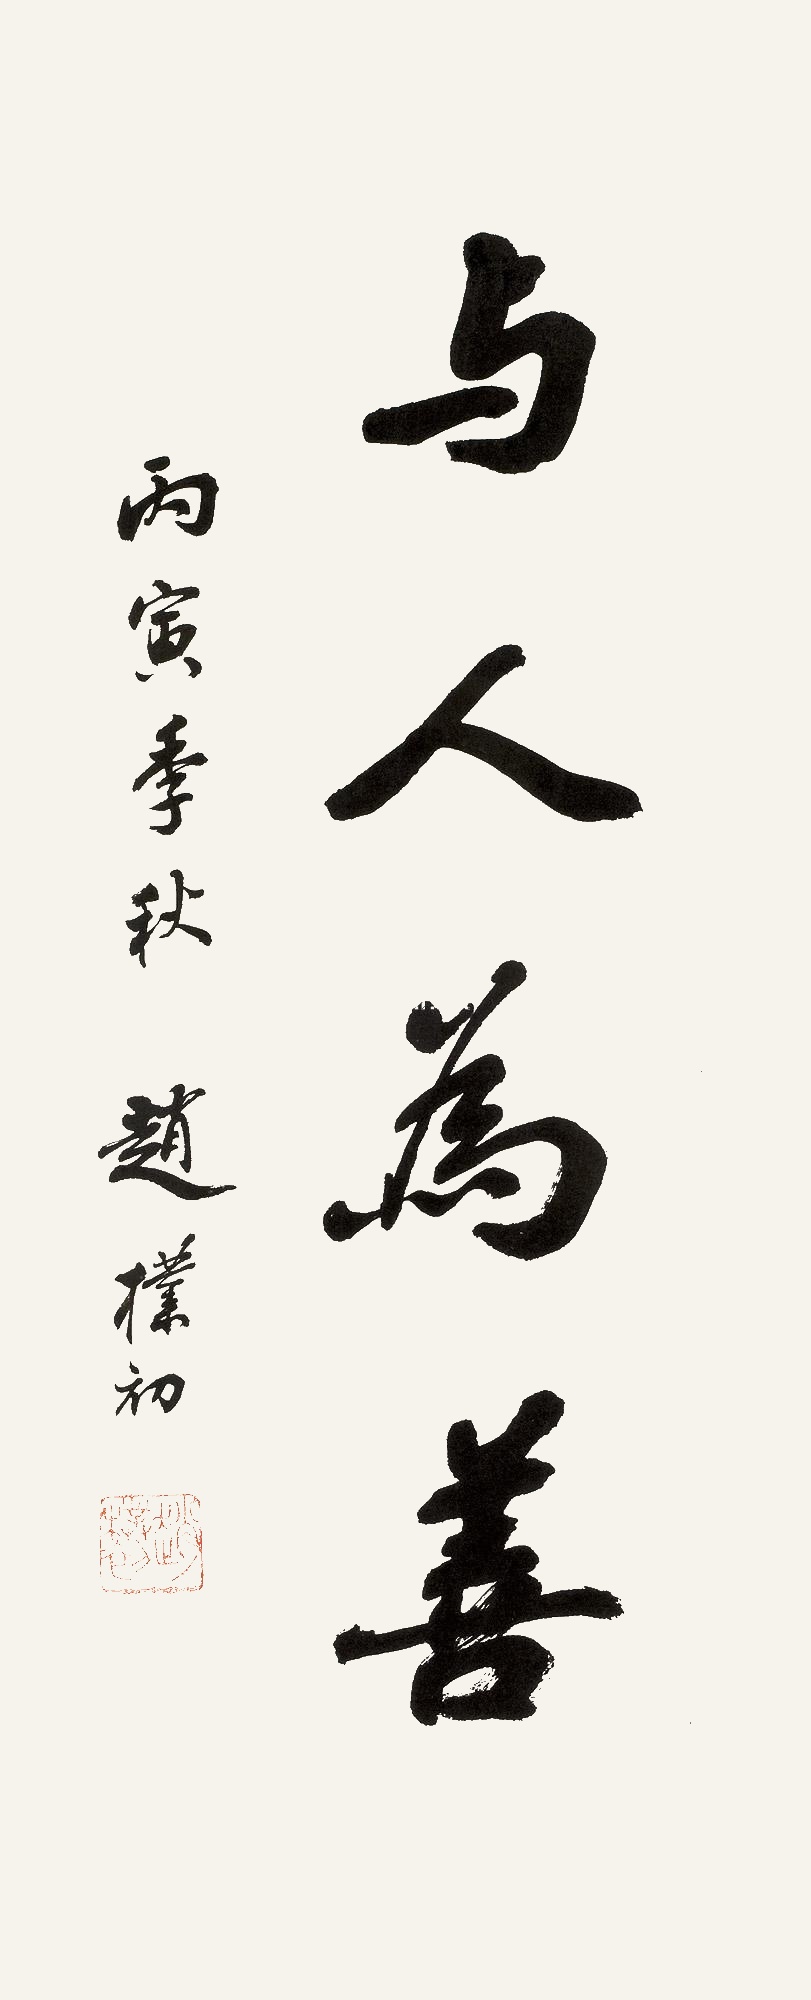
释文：与人为善。丙寅季秋。赵朴初。